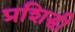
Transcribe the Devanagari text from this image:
प्रशिद्धी